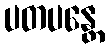
ပတပန္တေ